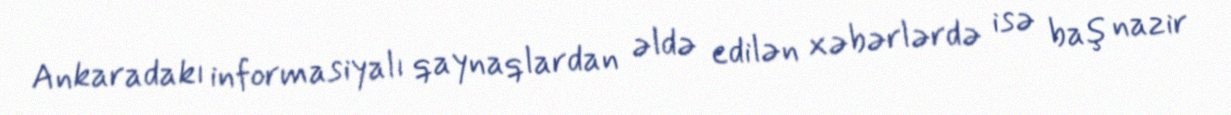
Ankaradakı informasiyalı qaynaqlardan əldə edilən xəbərlərdə isə baş nazir